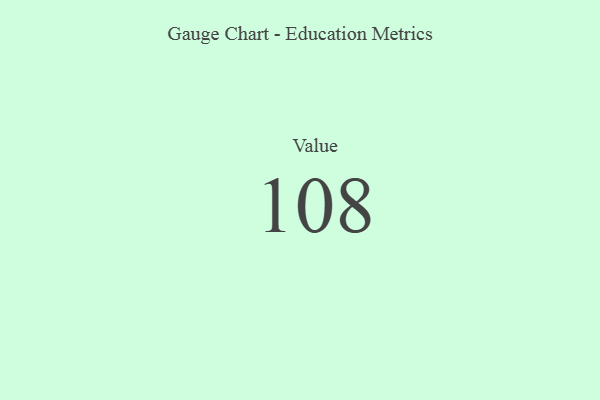
{"axis": {"x": "Metric", "y": "Value"}, "legend": [""], "data": [{"x": "Value", "y": 108, "type": ""}]}